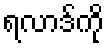
ရလာဒ်ကို